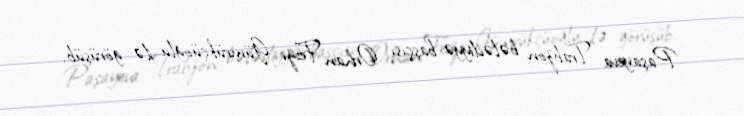
Paşayeva Trabzon bələdiyyə başçısı Orhan Fevzi Gümrükçüoğlu ilə görüşüb.